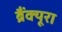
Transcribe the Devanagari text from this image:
ब्रैंक्यूरा